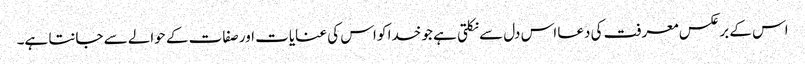
اس کے برعکس معرفت کی دعا اس دل سے نکلتی ہے جو خدا کو اس کی عنایات اور صفات کے حوالے سے جانتا ہے۔